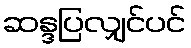
ဆန္ဒပြလျှင်ပင်